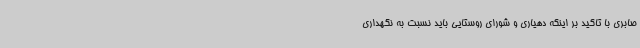
صابری با تاکید بر اینکه دهیاری و شورای روستایی باید نسبت به نگهداری